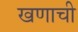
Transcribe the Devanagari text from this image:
खणाची